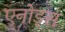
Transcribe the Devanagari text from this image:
एनोड्स